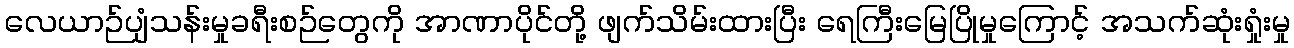
လေယာဉ်ပျံသန်းမှုခရီးစဉ်တွေကို အာဏာပိုင်တို့ ဖျက်သိမ်းထားပြီး ရေကြီးမြေပြိုမှုကြောင့် အသက်ဆုံးရှုံးမှု